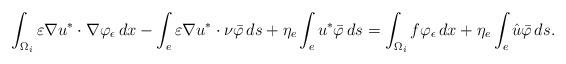
LaTeX: \begin{align*}\int_{\Omega_i} \varepsilon \nabla u^* \cdot \nabla \varphi_\epsilon\, dx-\int_e \varepsilon \nabla u^* \cdot \nu \bar{\varphi}\, ds+\eta_{e} \int_e u^* \bar{\varphi}\, ds =\int_{\Omega_i} f \varphi_\epsilon\, dx+\eta_{e} \int_e \hat{u} \bar{\varphi}\, ds.\end{align*}